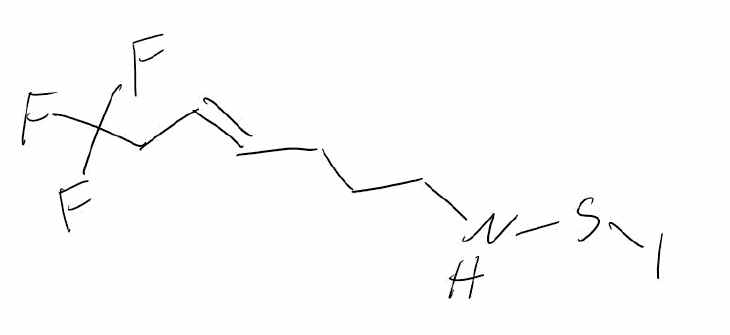
Simplified molecular-input line-entry system (SMILES) notation of the given molecule:
C(C/C=C/CC(F)(F)F)CNSI